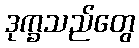
ဒုက္ခသည်တွေ